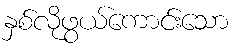
နှစ်လိုဖွယ်ကောင်းသော